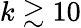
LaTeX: k\gtrsim 10